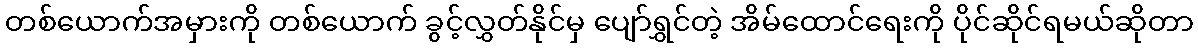
တစ်ယောက်အမှားကို တစ်ယောက် ခွင့်လွှတ်နိုင်မှ ပျော်ရွှင်တဲ့ အိမ်ထောင်ရေးကို ပိုင်ဆိုင်ရမယ်ဆိုတာ